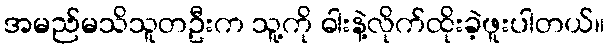
အမည်မသိသူတဦးက သူ့ကို ဓါးနဲ့လိုက်ထိုးခဲ့ဖူးပါတယ်။